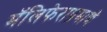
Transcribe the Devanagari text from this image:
मॅलिफेराप्रमाणे